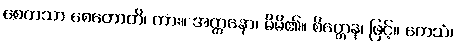
စေတသာ စေတောတိ၊ ကား။ အတ္တနော၊ မိမိ၏။ စိတ္တေန၊ ဖြင့်။ တေသံ၊